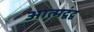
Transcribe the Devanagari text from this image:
आत्मद्वंद्व